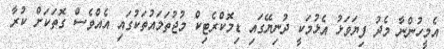
އެމީހުންނާ މެދު ފިޔަވަޅު އެޅުމަކީ ދުނިޔޭގައި ޑިމޮކްރެޓިކް މުޖުތަމައުތަކުގައި އެއްވެސް ގޮތަކަށް ކުރާ